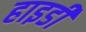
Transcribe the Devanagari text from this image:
हाइडी